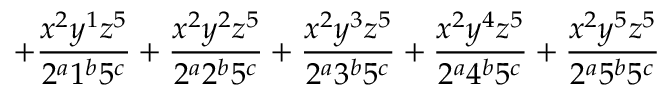
+ \frac { x ^ { 2 } y ^ { 1 } z ^ { 5 } } { 2 ^ { a } 1 ^ { b } 5 ^ { c } } + \frac { x ^ { 2 } y ^ { 2 } z ^ { 5 } } { 2 ^ { a } 2 ^ { b } 5 ^ { c } } + \frac { x ^ { 2 } y ^ { 3 } z ^ { 5 } } { 2 ^ { a } 3 ^ { b } 5 ^ { c } } + \frac { x ^ { 2 } y ^ { 4 } z ^ { 5 } } { 2 ^ { a } 4 ^ { b } 5 ^ { c } } + \frac { x ^ { 2 } y ^ { 5 } z ^ { 5 } } { 2 ^ { a } 5 ^ { b } 5 ^ { c } }